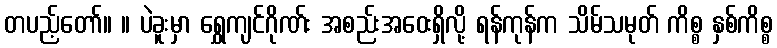
တပည့်တော်။ ။ ပဲခူးမှာ ရွှေကျင်ဂိုဏ်း အစည်းအဝေးရှိလို့ ရန်ကုန်က သိမ်သမုတ် ကိစ္စ နှစ်ကိစ္စ